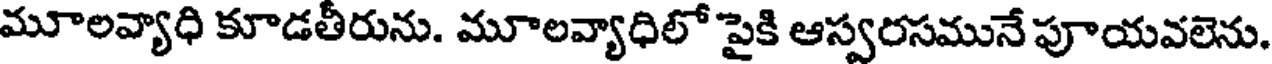
మూలవ్యాధి కూడతీరును. మూలవ్యాధిలో పైకి ఆస్వరసమునే పూయవలెను.